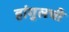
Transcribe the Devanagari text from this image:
हांगुलची